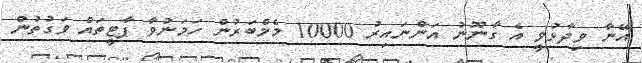
އޭނާ ވިދާޅުވީ އެ ގާނޫނު އަންނައިރު 10000 މެމްބަރުން ހަމަނުވާ ޕާޓީތައް ވަގުތުން